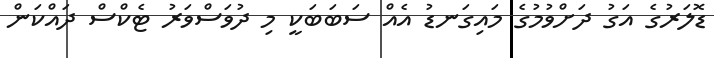
ޑޮލަރުގެ އަގު ދަށްވުމުގެ މައިގަނޑު އެއް ސަބަބަކީ މި ދުވަސްވަރު ޓެކްސް ދައްކަން